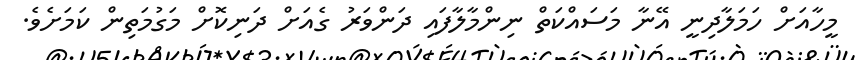
މީހާއަށް ހަމަލާދިނީ އޭނާ މަސައްކަތް ނިންމާލާފައި ދަންވަރު ގެއަށް ދަނިކޮށް މަގުމަތިން ކަމަށެވެ.